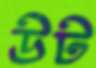
উট